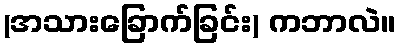
(အသားခြောက်ခြင်း) ကဘာလဲ။